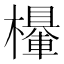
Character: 𣞹